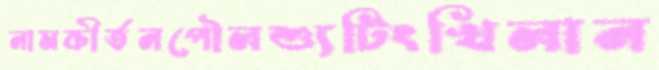
নামকীর্তনপৌলশ্যুটিংখিলান